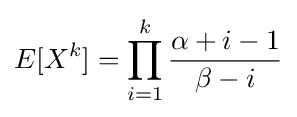
E[X^{k}]=\prod _{i=1}^{k}{\frac {\alpha +i-1}{\beta -i}}